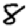
Digit: 8